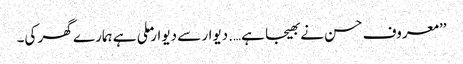
’’معروف حسن نے بھیجا ہے….دیوار سے دیوار ملی ہے ہمارے گھر کی۔